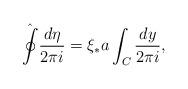
LaTeX: \begin{align*}\hat{\oint}\frac{d\eta}{2\pi i}=\xi_{*}a\int_{C}\frac{dy}{2\pi i}, \end{align*}